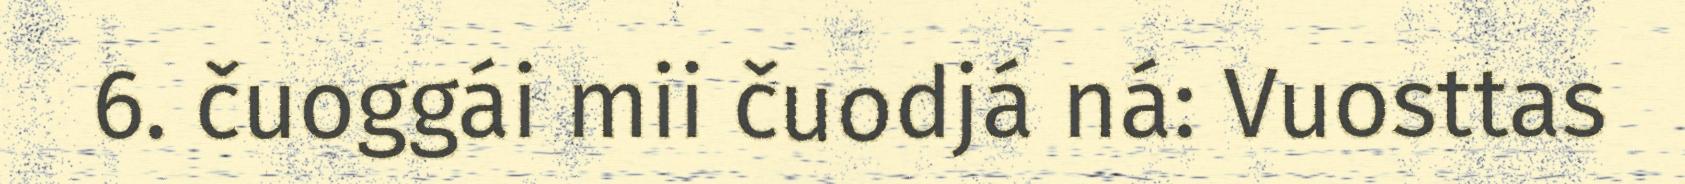
6. čuoggái mii čuodjá ná: Vuosttas